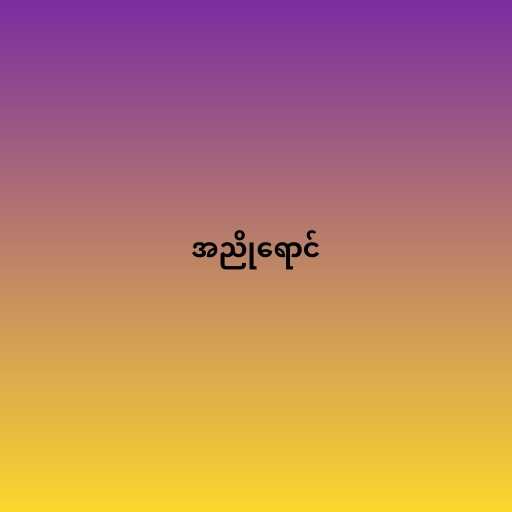
အညိုရောင်